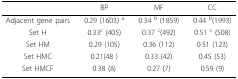
<table><thead><tr><td></td><td><b>BP</b></td><td><b>MF</b></td><td><b>CC</b></td></tr></thead><tbody><tr><td>Adjacent gene pairs</td><td>0.29 (1603) <sup>a</sup></td><td>0.34 <sup>b</sup> (1859)</td><td>0.44 <sup>b</sup>(1993)</td></tr><tr><td>Set H</td><td>0.33<sup>c</sup> (405)</td><td>0.37 <sup>c</sup>(492)</td><td>0.51 <sup>c</sup> (508)</td></tr><tr><td>Set HM</td><td>0.29 (105)</td><td>0.36 (112)</td><td>0.51 (123)</td></tr><tr><td>Set HMC</td><td>0.21(48 )</td><td>0.33 (42)</td><td>0.45 (53)</td></tr><tr><td>Set HMCF</td><td>0.38 (8)</td><td>0.27 (7)</td><td>0.59 (9)</td></tr></tbody></table>